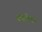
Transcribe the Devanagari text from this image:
कजरियां